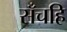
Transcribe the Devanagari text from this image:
सँचहि